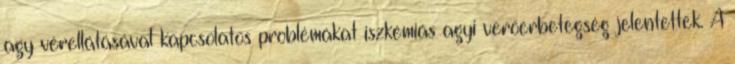
agy vérellátásával kapcsolatos problémákat iszkémiás agyi verőérbetegség jelentettek. A